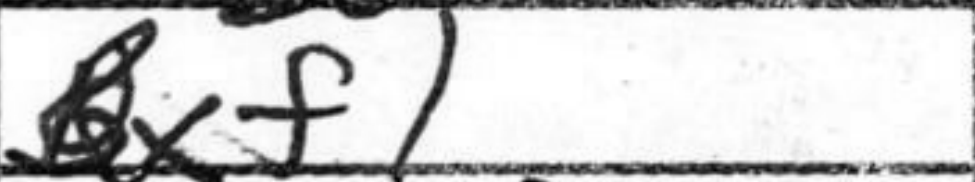
Transcription: Bxf1